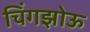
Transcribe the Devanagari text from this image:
चिंगझोऊ